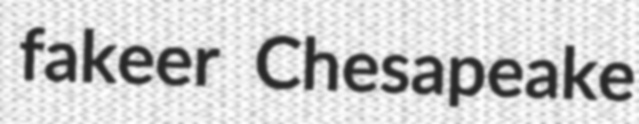
fakeer Chesapeake